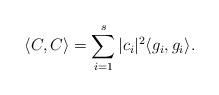
LaTeX: \begin{align*} \langle C, C \rangle = \sum_{i=1}^s |c_{i}|^{2} \langle g_{i}, g_{i} \rangle.\end{align*}